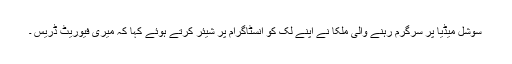
سوشل میڈیا پر سرگرم رہنے والی ملکا نے اپنے لک کو انسٹاگرام پر شیئر کرتے ہوئے کہا کہ میری فیوریٹ ڈریس ۔